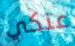
عنكي